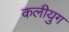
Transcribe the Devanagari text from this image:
कलीयुग